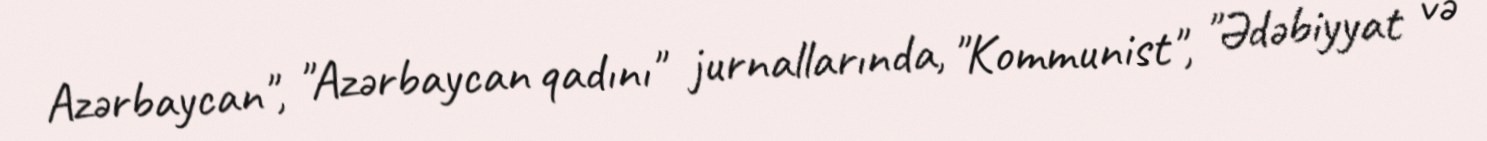
Azərbaycan", "Azərbaycan qadını" jurnallarında, "Kommunist", "Ədəbiyyat və